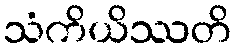
သံကိယိဿတိ